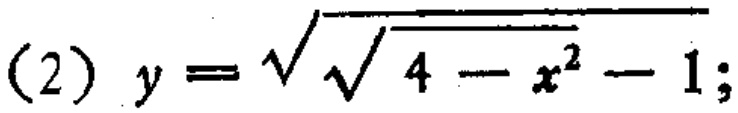
(2) \(y = \sqrt{\sqrt{4 - x^{2}} - 1}\);